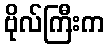
ဗိုလ်ကြီးက